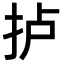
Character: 𢫘